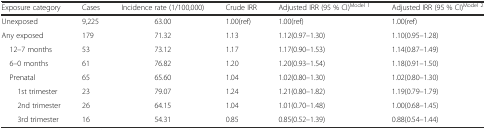
<table><thead><tr><td><b>Exposure category</b></td><td><b>Cases</b></td><td><b>Incidence rate (1/100,000)</b></td><td><b>Crude IRR</b></td><td><b>Adjusted IRR (95 % CI)<sup>Model 1</sup></b></td><td><b>Adjusted IRR (95 % CI)<sup>Model 2</sup></b></td></tr></thead><tbody><tr><td>Unexposed</td><td>9,225</td><td>63.00</td><td>1.00(ref)</td><td>1.00(ref)</td><td>1.00(ref)</td></tr><tr><td>Any exposed</td><td>179</td><td>71.32</td><td>1.13</td><td>1.12(0.97–1.30)</td><td>1.10(0.95–1.28)</td></tr><tr><td> 12–7 months</td><td>53</td><td>73.12</td><td>1.17</td><td>1.17(0.90–1.53)</td><td>1.14(0.87–1.49)</td></tr><tr><td> 6–0 months</td><td>61</td><td>76.82</td><td>1.20</td><td>1.20(0.93–1.54)</td><td>1.18(0.91–1.50)</td></tr><tr><td> Prenatal</td><td>65</td><td>65.60</td><td>1.04</td><td>1.02(0.80–1.30)</td><td>1.02(0.80–1.30)</td></tr><tr><td>1st trimester</td><td>23</td><td>79.07</td><td>1.24</td><td>1.21(0.80–1.82)</td><td>1.19(0.79–1.79)</td></tr><tr><td>2nd trimester</td><td>26</td><td>64.15</td><td>1.04</td><td>1.01(0.70–1.48)</td><td>1.00(0.68–1.45)</td></tr><tr><td>3rd trimester</td><td>16</td><td>54.31</td><td>0.85</td><td>0.85(0.52–1.39)</td><td>0.88(0.54–1.44)</td></tr></tbody></table>